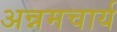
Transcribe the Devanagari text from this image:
अन्नमचार्य